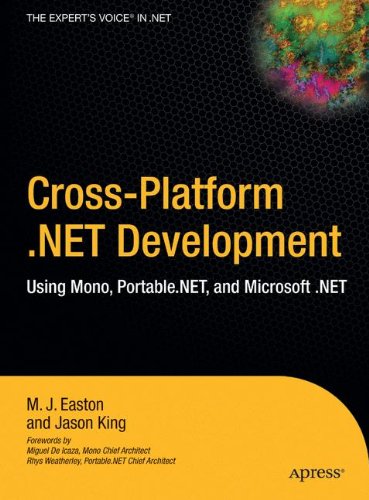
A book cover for Cross-Platform .NET Development: Using Mono, Portable.NET, and Microsoft .NET; M.J. Easton; Computers & Technology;